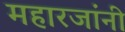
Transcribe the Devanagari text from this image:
महारजांनी